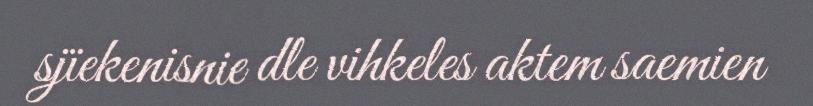
sjïekenisnie dle vihkeles aktem saemien